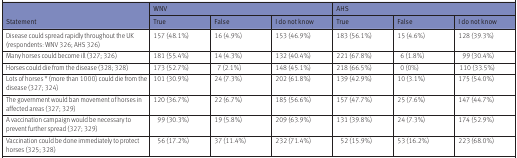
| <ROWSPAN=2> Statement | <COLSPAN=3> WNV | <COLSPAN=3> AHS |
 | True | False | I do not know | True | False | I do not know |
 | --- | --- | --- | --- | --- | --- | --- |
 | Disease could spread rapidly throughout the UK (respondents: WNV 326; AHS 326) | 157 (48.1%) | 16 (4.9%) | 153 (46.9%) | 183 (56.1%) | 15 (4.6%) | 128 (39.3%) |
 | Many horses could become ill (327; 326) | 181 (55.4%) | 14 (4.3%) | 132 (40.4%) | 221 (67.8%) | 6 (1.8%) | 99 (30.4%) |
 | Horses could die from the disease (328; 328) | 173 (52.7%) | 7 (2.1%) | 148 (45.1%) | 218 (66.5%) | 0 (0%) | 110 (33.5%) |
 | Lots of horses * (more than 1000) could die from the disease (327; 324) | 101 (30.9%) | 24 (7.3%) | 202 (61.8%) | 139 (42.9%) | 10 (3.1%) | 175 (54.0%) |
 | The government would ban movement of horses in affected areas (327; 329) | 120 (36.7%) | 22 (6.7%) | 185 (56.6%) | 157 (47.7%) | 25 (7.6%) | 147 (44.7%) |
 | A vaccination campaign would be necessary to prevent further spread (327; 329) | 99 (30.3%) | 19 (5.8%) | 209 (63.9%) | 131 (39.8%) | 24 (7.3%) | 174 (52.9%) |
 | Vaccination could be done immediately to protect horses (325; 328) | 56 (17.2%) | 37 (11.4%) | 232 (71.4%) | 52 (15.9%) | 53 (16.2%) | 223 (68.0%) |